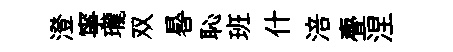
澄寧瓏双晷恥班什涪亹涅